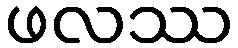
ဖလဿ